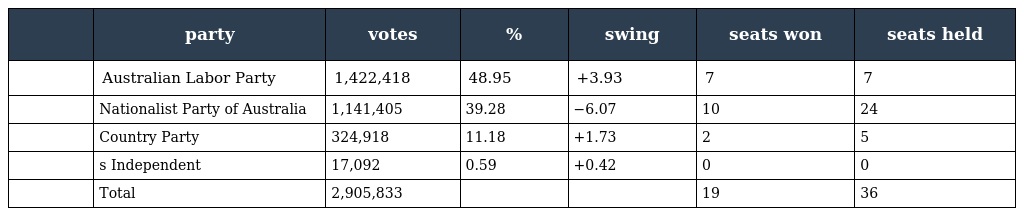
|  | party | votes | % | swing | seats won | seats held |
 | --- | --- | --- | --- | --- | --- | --- |
 |  | Australian Labor Party | 1,422,418 | 48.95 | +3.93 | 7 | 7 |
 |  | Nationalist Party of Australia | 1,141,405 | 39.28 | −6.07 | 10 | 24 |
 |  | Country Party | 324,918 | 11.18 | +1.73 | 2 | 5 |
 |  | s Independent | 17,092 | 0.59 | +0.42 | 0 | 0 |
 |  | Total | 2,905,833 |  |  | 19 | 36 |